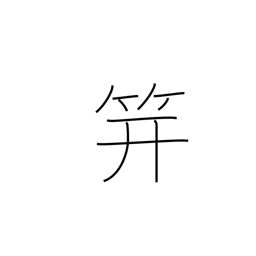
Meaning: hairpin